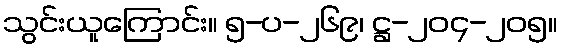
သွင်းယူကြောင်း။ ၅-ပ-၂၆၉၊ ဋ္ဌ-၂၀၄-၂၀၅။